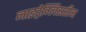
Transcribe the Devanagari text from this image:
नाइट्रेग्लिसरीन